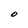
Character: O